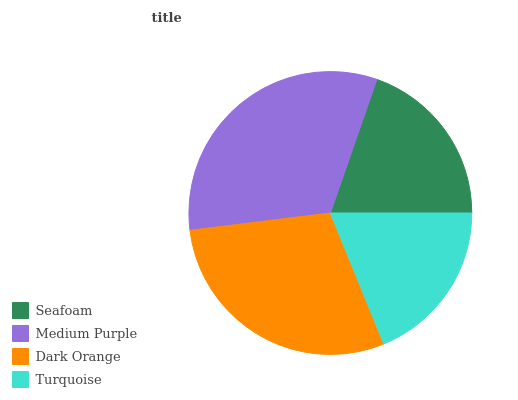
| Seafoam | Medium Purple | Dark Orange | Turquoise |
 | --- | --- | --- | --- |
 | 19.7% | 32.3% | 29.3% | 18.8% |